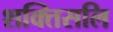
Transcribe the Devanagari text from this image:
शक्तिसलि